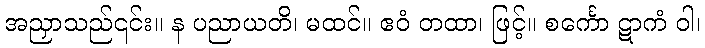
အညှာသည်၎င်း။ န ပညာယတိ၊ မထင်။ ဧဝံ တထာ၊ ဖြင့်။ စင်္ကော ဋာကံ ဝါ၊